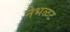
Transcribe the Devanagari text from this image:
नेभळट